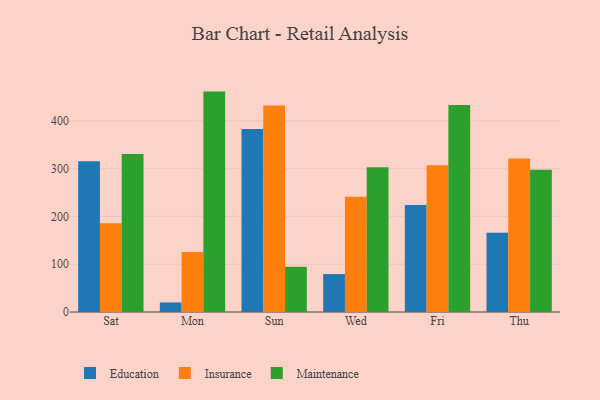
{"axis": {"x": "Day", "y": "Net Income (USD K)"}, "legend": ["Education", "Insurance", "Maintenance"], "data": [{"x": "Sat", "y": 315.5, "type": "Education"}, {"x": "Sat", "y": 185.6, "type": "Insurance"}, {"x": "Sat", "y": 330.7, "type": "Maintenance"}, {"x": "Mon", "y": 20.0, "type": "Education"}, {"x": "Mon", "y": 125.7, "type": "Insurance"}, {"x": "Mon", "y": 461.2, "type": "Maintenance"}, {"x": "Sun", "y": 383.1, "type": "Education"}, {"x": "Sun", "y": 432.2, "type": "Insurance"}, {"x": "Sun", "y": 94.9, "type": "Maintenance"}, {"x": "Wed", "y": 79.3, "type": "Education"}, {"x": "Wed", "y": 241.1, "type": "Insurance"}, {"x": "Wed", "y": 302.8, "type": "Maintenance"}, {"x": "Fri", "y": 224.1, "type": "Education"}, {"x": "Fri", "y": 307.2, "type": "Insurance"}, {"x": "Fri", "y": 433.3, "type": "Maintenance"}, {"x": "Thu", "y": 166.0, "type": "Education"}, {"x": "Thu", "y": 321.1, "type": "Insurance"}, {"x": "Thu", "y": 297.6, "type": "Maintenance"}]}